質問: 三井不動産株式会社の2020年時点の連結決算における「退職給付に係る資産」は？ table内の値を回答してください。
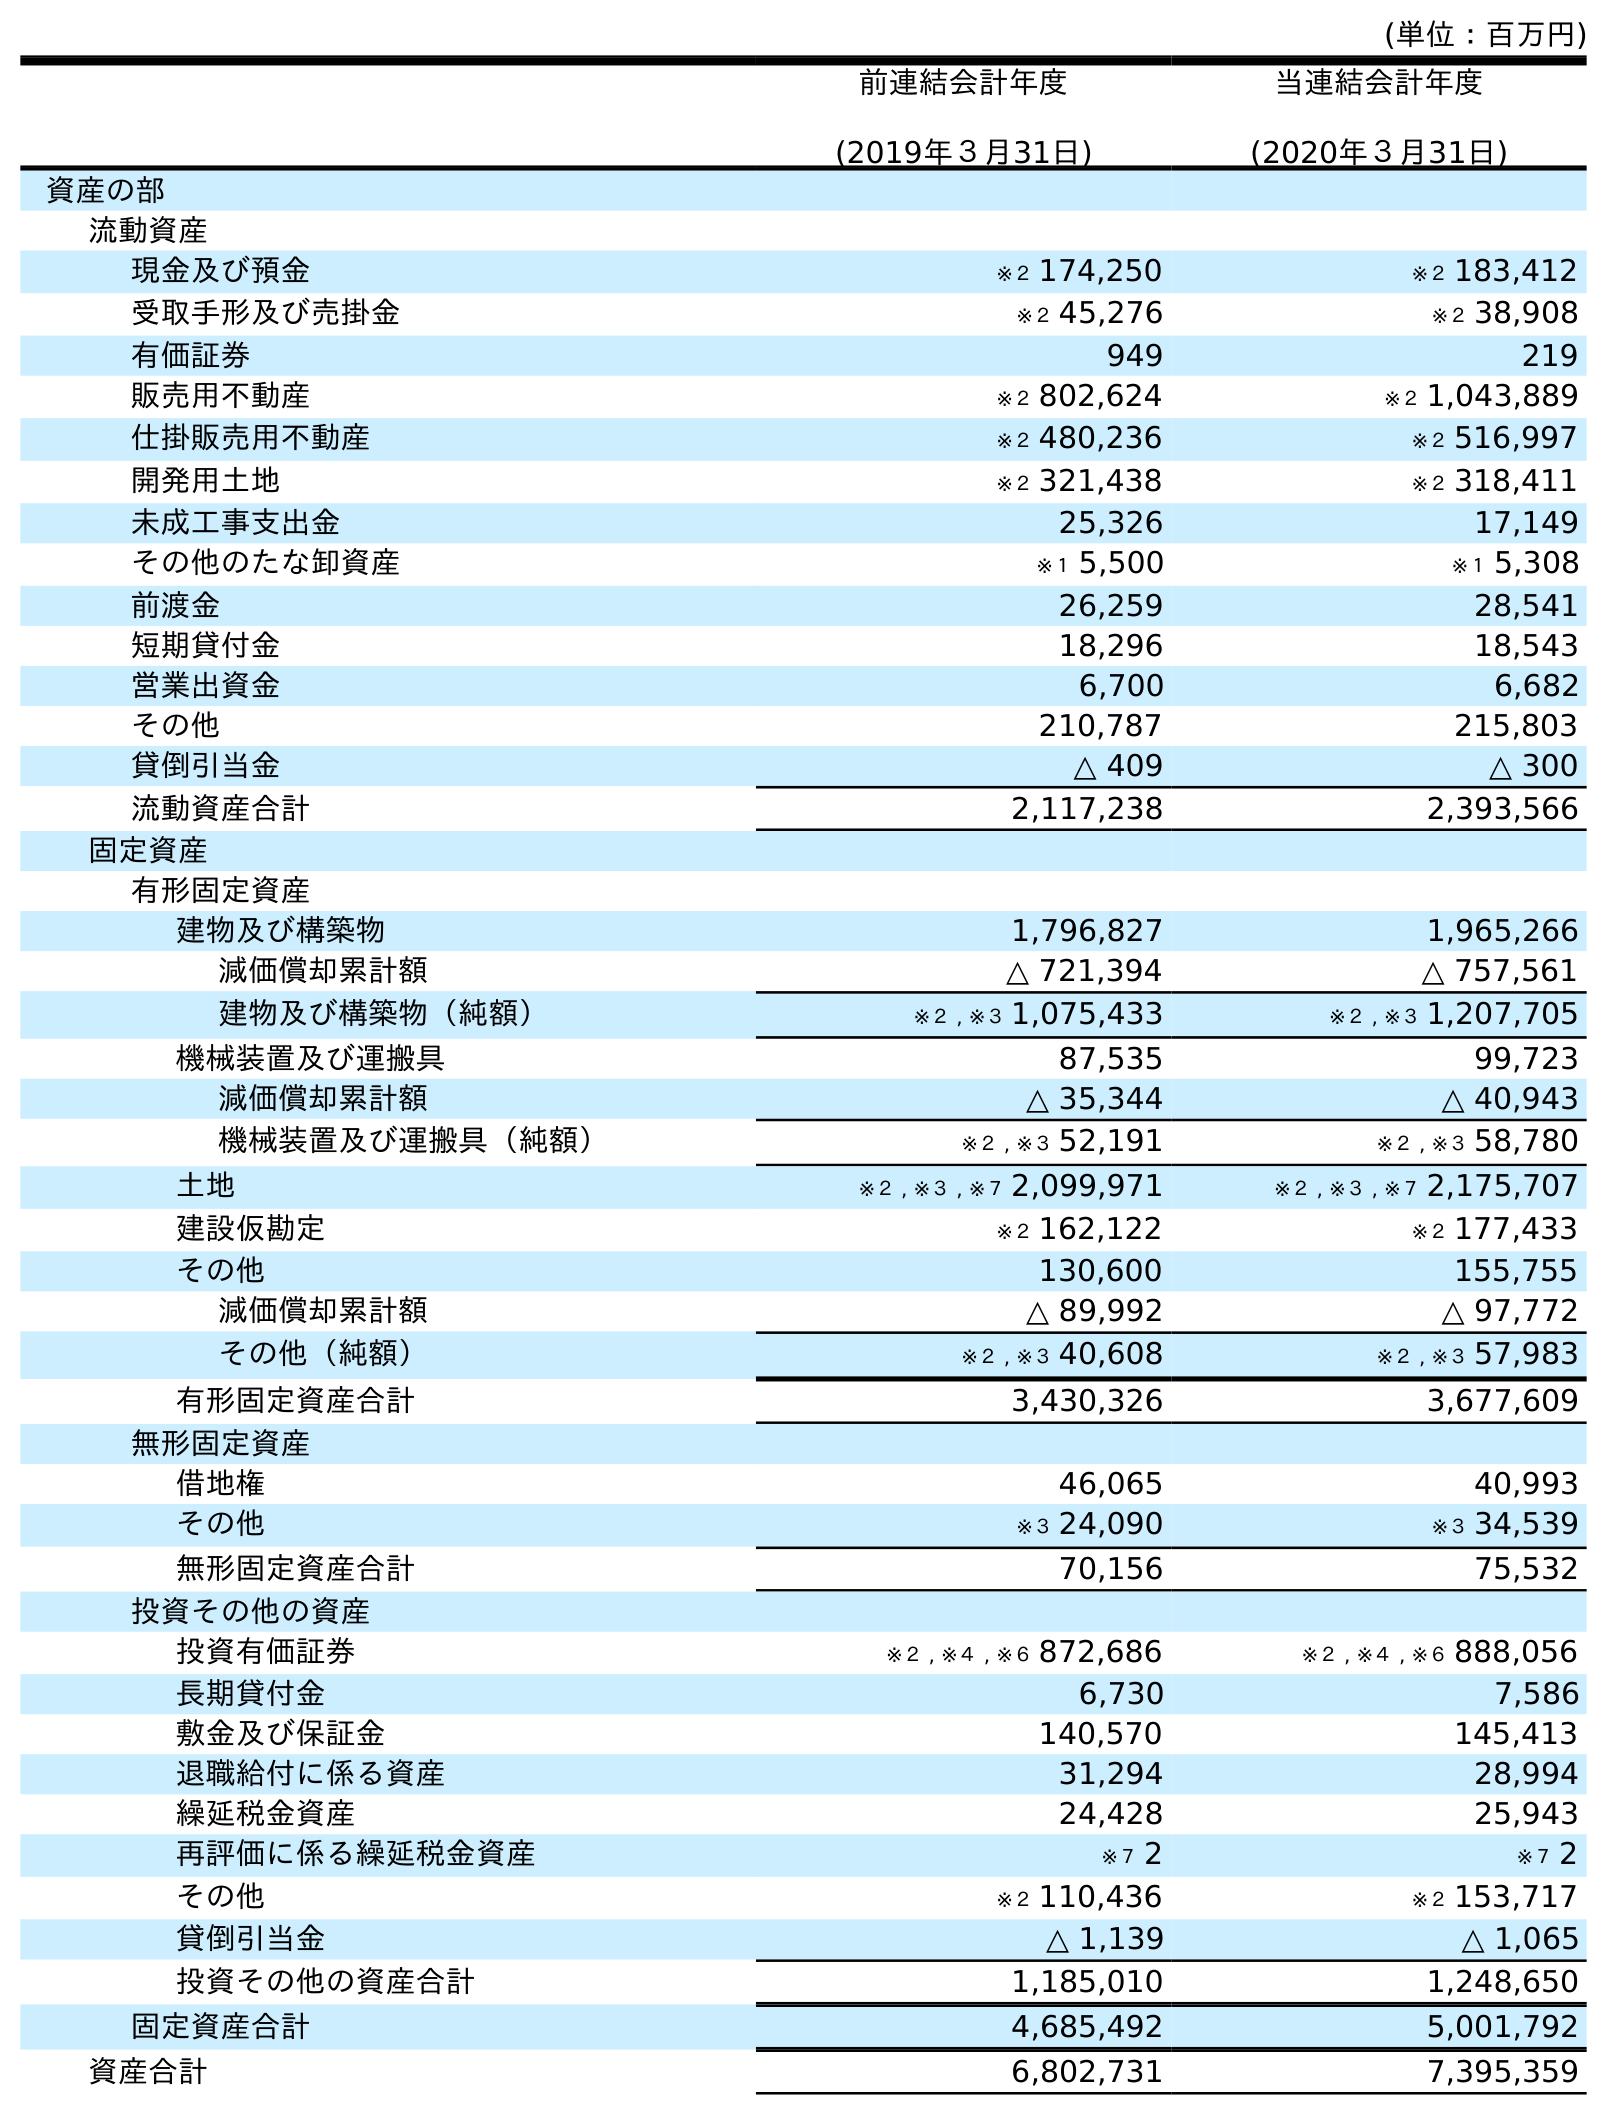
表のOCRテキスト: (単位：百万円) 前連結会計年度 (2019年３月31日) 当連結会計年度 (2020年３月31日) 資産の部 流動資産 現金及び預金 ※２ 174,250 ※２ 183,412 受取手形及び売掛金 ※２ 45,276 ※２ 38,908 有価証券 949 219 販売用不動産 ※２ 802,624 ※２ 1,043,889 仕掛販売用不動産 ※２ 480,236 ※２ 516,997 開発用土地 ※２ 321,438 ※２ 318,411 未成工事支出金 25,326 17,149 その他のたな卸資産 ※１ 5,500 ※１ 5,308 前渡金 26,259 28,541 短期貸付金 18,296 18,543 営業出資金 6,700 6,682 その他 210,787 215,803 貸倒引当金 △ 409 △ 300 流動資産合計 2,117,238 2,393,566 固定資産 有形固定資産 建物及び構築物 1,796,827 1,965,266 減価償却累計額 △ 721,394 △ 757,561 建物及び構築物（純額） ※２ , ※３ 1,075,433 ※２ , ※３ 1,207,705 機械装置及び運搬具 87,535 99,723 減価償却累計額 △ 35,344 △ 40,943 機械装置及び運搬具（純額） ※２ , ※３ 52,191 ※２ , ※３ 58,780 土地 ※２ , ※３ , ※７ 2,099,971 ※２ , ※３ , ※７ 2,175,707 建設仮勘定 ※２ 162,122 ※２ 177,433 その他 130,600 155,755 減価償却累計額 △ 89,992 △ 97,772 その他（純額） ※２ , ※３ 40,608 ※２ , ※３ 57,983 有形固定資産合計 3,430,326 3,677,609 無形固定資産 借地権 46,065 40,993 その他 ※３ 24,090 ※３ 34,539 無形固定資産合計 70,156 75,532 投資その他の資産 投資有価証券 ※２ , ※４ , ※６ 872,686 ※２ , ※４ , ※６ 888,056 長期貸付金 6,730 7,586 敷金及び保証金 140,570 145,413 退職給付に係る資産 31,294 28,994 繰延税金資産 24,428 25,943 再評価に係る繰延税金資産 ※７ 2 ※７ 2 その他 ※２ 110,436 ※２ 153,717 貸倒引当金 △ 1,139 △ 1,065 投資その他の資産合計 1,185,010 1,248,650 固定資産合計 4,685,492 5,001,792 資産合計 6,802,731 7,395,359
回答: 28,994